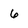
Character: 6